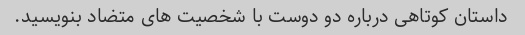
داستان کوتاهی درباره دو دوست با شخصیت های متضاد بنویسید.